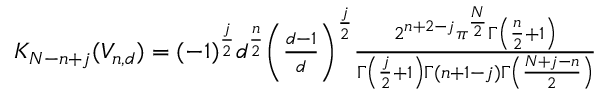
\begin{array} { r } { K _ { N - n + j } ( { V } _ { n , d } ) = ( - 1 ) ^ { \frac { j } { 2 } } d ^ { \frac { n } { 2 } } \biggl ( \frac { d - 1 } { d } \biggr ) ^ { \frac { j } { 2 } } \frac { 2 ^ { n + 2 - j } \pi ^ { \frac { N } { 2 } } \Gamma \left( \frac { n } { 2 } + 1 \right) } { \Gamma \left( \frac { j } { 2 } + 1 \right) \Gamma ( n + 1 - j ) \Gamma \left( \frac { N + j - n } { 2 } \right) } } \end{array}